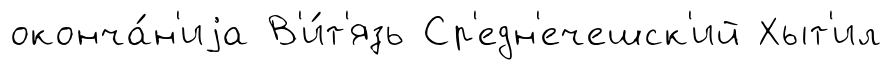
оконча́н'иjа В'и́т'язь Ср'едн'ечешск'ий Хыт'ил